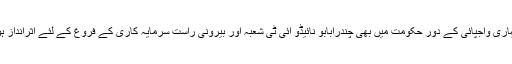
اٹل بہاری واجپائی کے دور حکومت میں بھی چندرابابو نائیڈو آئی ٹی شعبہ اور بیرونی راست سرمایہ کاری کے فروغ کے لئے اثرانداز ہوئے۔